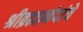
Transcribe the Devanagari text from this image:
श्रीब्रह्मानंदांचे